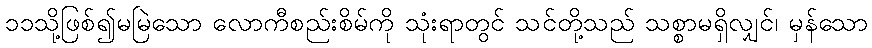
၁၁သို့ဖြစ်၍မမြဲသော လောကီစည်းစိမ်ကို သုံးရာတွင် သင်တို့သည် သစ္စာမရှိလျှင်၊ မှန်သော